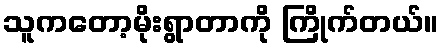
သူကတော့မိုးရွာတာကို ကြိုက်တယ်။